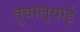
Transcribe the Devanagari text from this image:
तुवालुयाई